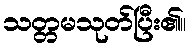
သတ္တမသုတ်ပြီး၏။